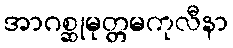
အာဂစ္ဆုမုတ္တမကုလီနာ